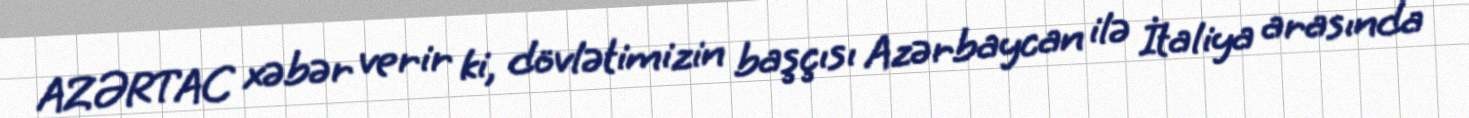
AZƏRTAC xəbər verir ki, dövlətimizin başçısı Azərbaycan ilə İtaliya arasında